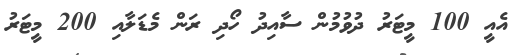
އެއީ 100 މީޓަރު ދުވުމުން ސާއިދު ހޯދި ރަން މެޑަލާއި 200 މީޓަރު